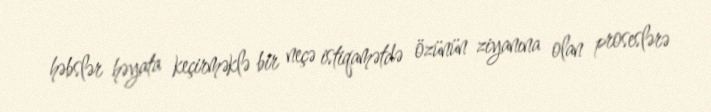
həbslər həyata keçirməklə bir neçə istiqamətdə özünün ziyanına olan proseslərə